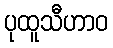
ပုထူသီဟာဝ